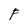
Character: F